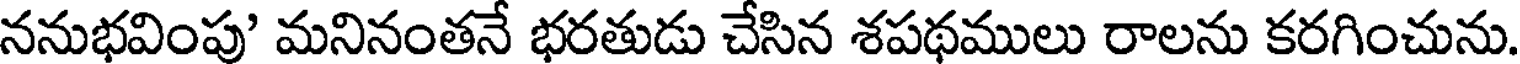
ననుభవింపు' మనినంతనే భరతుడు చేసిన శపథములు రాలను కరగించును